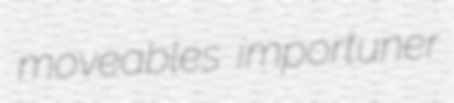
moveables importuner